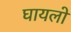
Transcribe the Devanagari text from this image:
घायलो